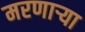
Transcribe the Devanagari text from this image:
मरणार्‍या